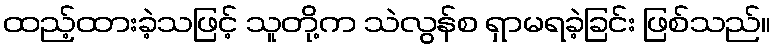
ထည့်ထားခဲ့သဖြင့် သူတို့က သဲလွန်စ ရှာမရခဲ့ခြင်း ဖြစ်သည်။